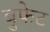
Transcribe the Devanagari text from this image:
बुफेट